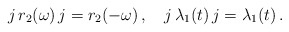
\begin{align*} j\,r_2(\omega)\,j= r_2(-\omega)\,,\quad j\,\lambda_1(t)\,j= \lambda_1(t)\,.\end{align*}